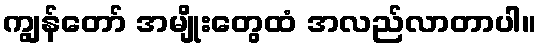
ကျွန်တော် အမျိုးတွေထံ အလည်လာတာပါ။